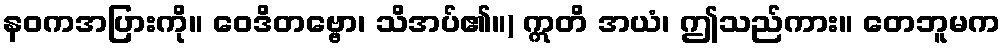
နဝကအပြားကို။ ဝေဒိတဗ္ဗော၊ သိအပ်၏။) ဣတိ အယံ၊ ဤသည်ကား။ တေဘူမက